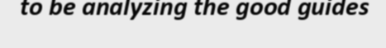
to be analyzing the good guides